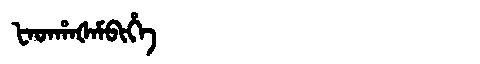
Manchu: ᡶᠠᡨᡥᠠᡧᠠᠮᠪᡳᡥᡝ
Romanization: FATHAŠAMBIHE